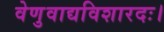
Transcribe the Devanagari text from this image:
वेणुवाद्यविशारदः।